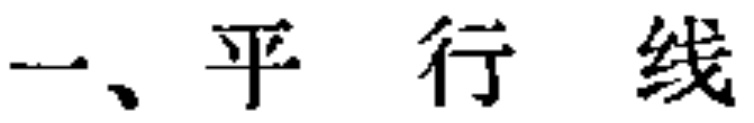
一、平 行 线